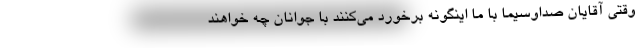
وقتی آقایان صداوسیما با ما اینگونه برخورد می‌کنند با جوانان چه خواهند